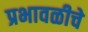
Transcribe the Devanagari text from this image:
प्रभावळीचे